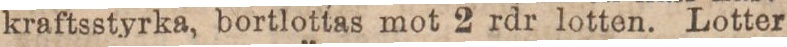
kraftsstyrka, bortlottas mot 2 rdr lotten. Lotter